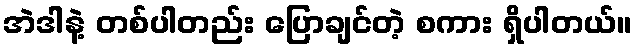
အဲဒါနဲ့ တစ်ပါတည်း ပြောချင်တဲ့ စကား ရှိပါတယ်။